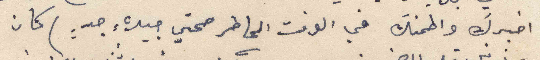
اخبرك واطمنك في الوقت الحاضر صحتي جيدة جدٍ: ) كان